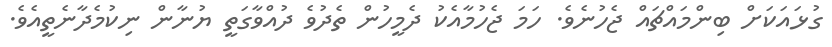
ގުޅައަކަށް ބިންމައްޗައް ޖެހުނެވެ. ހަމަ ޖެހުމާއެކު ދެމީހުން ތެދުވެ ދުއްވާގަތީ ޔުނާން ނިކުމެދާނެތީއެވެ.